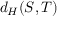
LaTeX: d _ { H } ( S , T )